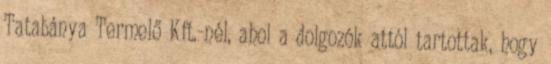
Tatabánya Termelő Kft.-nél, ahol a dolgozók attól tartottak, hogy